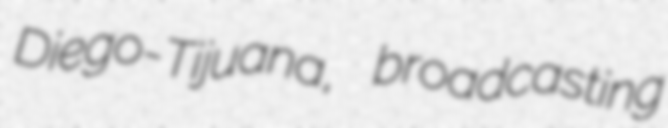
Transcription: Diego-Tijuana, broadcasting